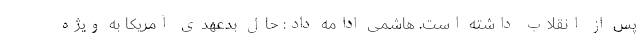
پس از انقلاب داشته است. هاشمی ادامه داد: حال بدعهدی آمریکا به ویژه